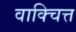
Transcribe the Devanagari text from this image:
वाक्चित्त